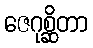
ဇေဂုစ္ဆိတာ